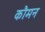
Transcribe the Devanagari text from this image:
कौमन